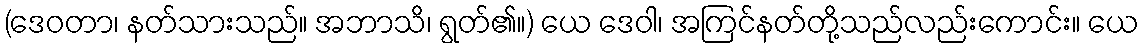
(ဒေဝတာ၊ နတ်သားသည်။ အဘာသိ၊ ရွတ်၏။) ယေ ဒေဝါ၊ အကြင်နတ်တို့သည်လည်းကောင်း။ ယေ